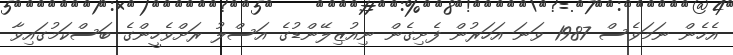
އެހެން ނަމަވެސް 1987 ވަނަ އަހަރުން ފެށިގެން ނިއުޒިލޭންޑުގެ އަސްލު ރަށްވެހީންގެ ބަސްކަމުގައިވާ